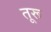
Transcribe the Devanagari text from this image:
तूरू